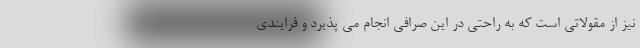
نیز از مقولاتی است که به راحتی در این صرافی انجام می پذیرد و فرایندی